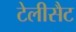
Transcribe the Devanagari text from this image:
टेलीसैट